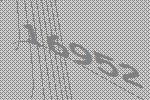
16952